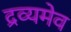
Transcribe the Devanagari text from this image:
द्रव्यमेव